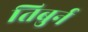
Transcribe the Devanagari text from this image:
तिबुर्न